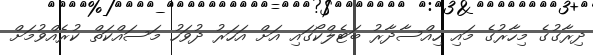
ދިރާގުގެ މިހާރުގެ މައި ހިއްސާދާރު ބަޓެލްކޯގައި އަށް އަހަރު ދުވަހު މަސައްކަތް ކުރެއްވުމަށް